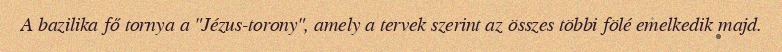
A bazilika fő tornya a "Jézus-torony", amely a tervek szerint az összes többi fölé emelkedik majd.